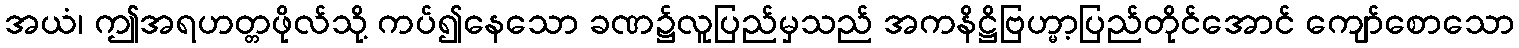
အယံ၊ ဤအရဟတ္တဖိုလ်သို့ ကပ်၍နေသော ခဏ၌လူပြည်မှသည် အကနိဋ္ဌိဗြဟ္မာ့ပြည်တိုင်အောင် ကျော်စောသော